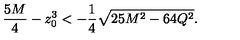
{ \frac { 5 M } { 4 } } - z _ { 0 } ^ { 3 } < - { \frac { 1 } { 4 } } \sqrt { 2 5 M ^ { 2 } - 6 4 Q ^ { 2 } } .